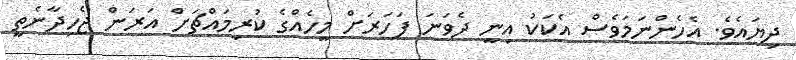
ދިޔައެވެ. އެހެންނަމަވެސް އެކަކު އިނީ ދެވަނަ ފަހަރަށް މީހެއްގެ ކުރިމައްޗަށް އަރަން ޖެހިދާނެތީ